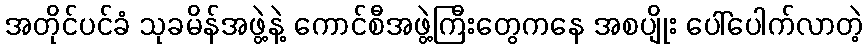
အတိုင်ပင်ခံ သုခမိန်အဖွဲ့နဲ့ ကောင်စီအဖွဲ့ကြီးတွေကနေ အစပျိုး ပေါ်ပေါက်လာတဲ့